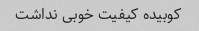
کوبیده کیفیت خوبی نداشت